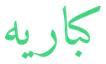
كباريه